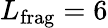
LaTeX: L_{\mathrm{frag}}=6